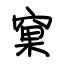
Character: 窠